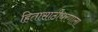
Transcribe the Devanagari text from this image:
हितासाठीधरणाला